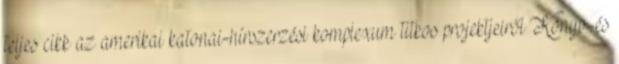
teljes cikk az amerikai katonai-hírszerzési komplexum titkos projektjeiről Könyv-és